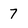
Character: 7